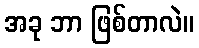
အခု ဘာ ဖြစ်တာလဲ။